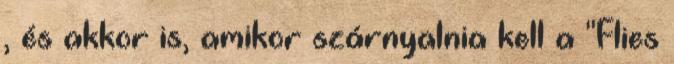
, és akkor is, amikor szárnyalnia kell a "Flies